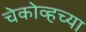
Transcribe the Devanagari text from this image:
चेकोव्हच्या